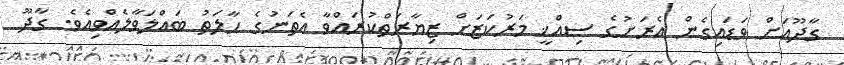
ގާދޫއަށް ވަޑައިގެން އެރަށުގެ ސިއްޚީ މަރުކަޒަށް ޒިޔާރަތްކުރައްވާ އެތަނުގެ ހާލަތު ބައްލަވާލެއްވިއެވެ. ގާދޫ